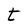
Character: t